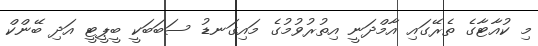
މި ކުއާޓާގެ ތެރޭގައި އާމްދަނީ އިތުރުވުމުގެ މައިގަނޑު ސަބަބަކީ ބީޕީޓީ އަދި ބޭންކް